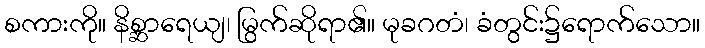
စကားကို။ နိစ္ဆာရေယျ၊ မြွက်ဆိုရာ၏။ မုခဂတံ၊ ခံတွင်း၌ရောက်သော။